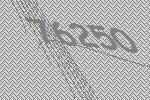
76250